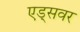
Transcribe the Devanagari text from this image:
एड्‌सवर